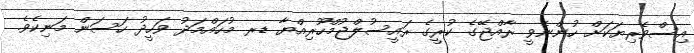
އިސްވެރިޔަކަށް ހުންނެވީ ރާއްޖޭގެ ކުރީގެ ރައީސުލްޖުމްހޫރިއްޔާ ޑރ މުހައްމަދު ވަހީދު ހަސަން މަނިކެވެ.